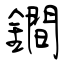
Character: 鐧